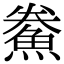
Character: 鮝